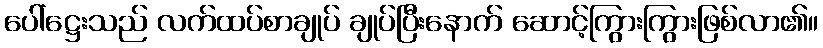
ပေါ်ဋ္ဌေးသည် လက်ထပ်စာချုပ် ချုပ်ပြီးနောက် ဆောင့်ကြွားကြွားဖြစ်လာ၏။